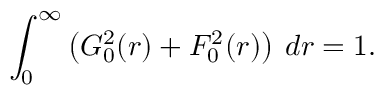
\int _ { 0 } ^ { \infty } \left( G _ { 0 } ^ { 2 } ( r ) + F _ { 0 } ^ { 2 } ( r ) \right) \: d r = 1 .